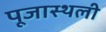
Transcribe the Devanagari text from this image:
पूजास्थली